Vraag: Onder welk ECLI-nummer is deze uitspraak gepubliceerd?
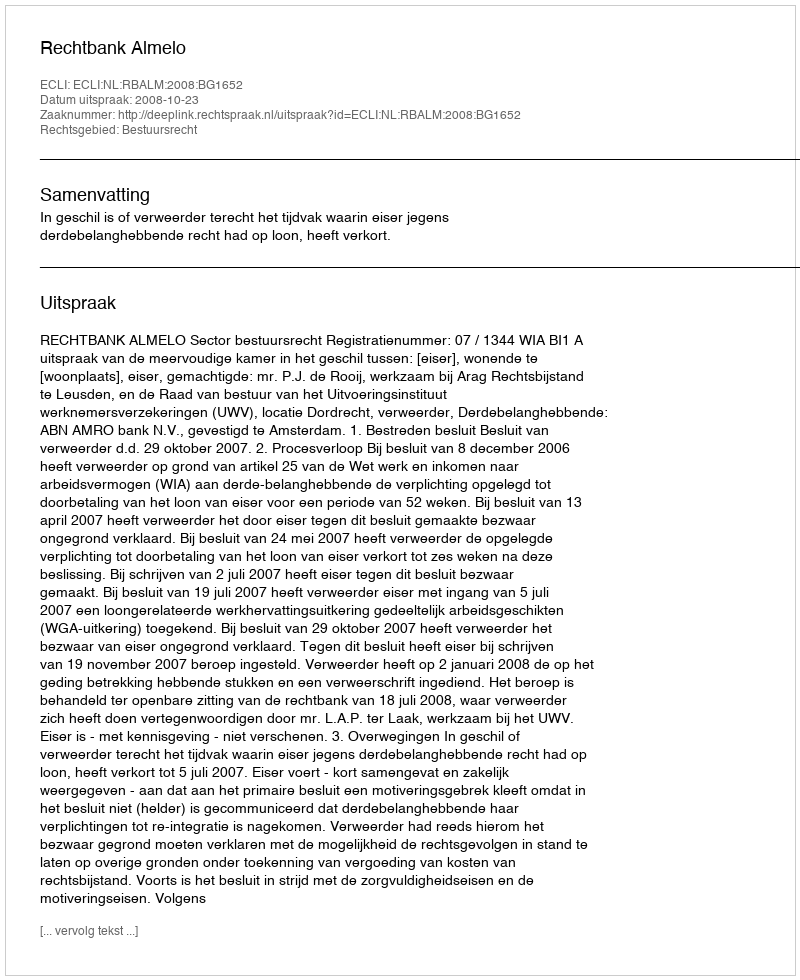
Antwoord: ECLI:NL:RBALM:2008:BG1652